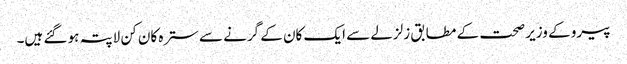
پیرو کے وزیر صحت کے مطابق زلزلے سے ایک کان کے گرنے سے سترہ کان کن لاپتہ ہو گئے ہیں۔